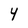
Character: 4